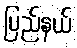
ပြည်နယ်